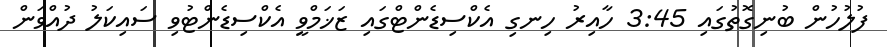
ފުލުހުން ބުނިގޮތުގައި 3:45 ހާއިރު ހިނގި އެކްސިޑެންޓްގައި ޒަޚަމްވީ އެކްސިޑެންޓުވި ސައިކަލު ދުއްވަން